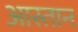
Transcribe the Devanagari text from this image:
आस्तान